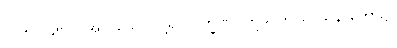
၂၁၆။ (၄၅၁) အာဝုသော၊ ငါ့ရှင်လက္ခဏ။ ဣဓ၊ ဤသာသနာတော်၌။